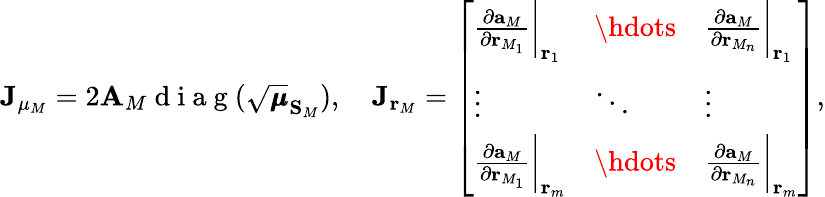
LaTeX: \mathbf{J}_{\mu_{M}}=2\mathbf{A}_{M}\mathrm{~d~i~a~g~}(\sqrt{\pmb{\mu}}_{\mathbf{S}_{M}}),\quad\mathbf{J}_{\mathbf{r}_{M}}=\left[\begin{array}{lll}{\frac{\partial{\mathbf{a}_{M}}}{\partial\mathbf{r}_{M_{1}}}\biggr\rvert_{\mathbf{r}_{1}}}&{\hdots}&{\frac{\partial{\mathbf{a}_{M}}}{\partial\mathbf{r}_{M_{n}}}\biggr\rvert_{\mathbf{r}_{1}}}\\ {\vdots}&{\ddots}&{\vdots}\\ {\frac{\partial{\mathbf{a}_{M}}}{\partial\mathbf{r}_{M_{1}}}\biggr\rvert_{\mathbf{r}_{m}}}&{\hdots}&{\frac{\partial{\mathbf{a}_{M}}}{\partial\mathbf{r}_{M_{n}}}\biggr\rvert_{\mathbf{r}_{m}}}\end{array}\right],